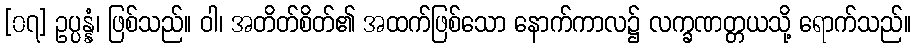
[၀၇] ဥပ္ပန္နံ၊ ဖြစ်သည်။ ဝါ၊ အတိတ်စိတ်၏ အထက်ဖြစ်သော နောက်ကာလ၌ လက္ခဏတ္တယသို့ ရောက်သည်။